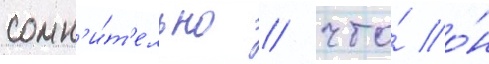
сомн'и́т'ельно / что́ о́н